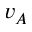
v _ { A }